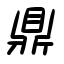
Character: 鼎